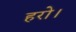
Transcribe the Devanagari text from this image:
हरो।